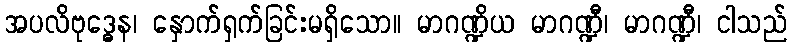
အပလိဗုဒ္ဓေန၊ နှောက်ရှက်ခြင်းမရှိသော။ မာဂဏ္ဍိယ မာဂဏ္ဍီ၊ မာဂဏ္ဍီ၊ ငါသည်